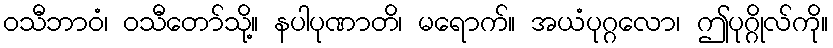
ဝသီဘာဝံ၊ ဝသီတော်သို့။ နပါပုဏာတိ၊ မရောက်။ အယံပုဂ္ဂလော၊ ဤပုဂ္ဂိုလ်ကို။